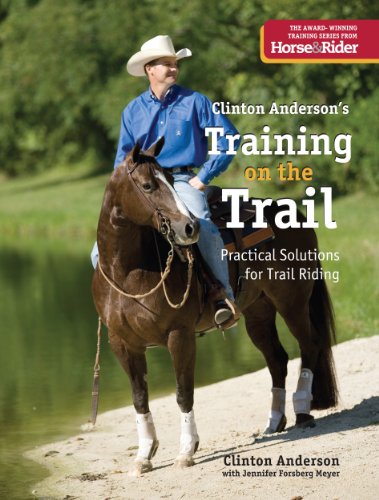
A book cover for Training on the Trail: Practical Solutions for Trail Riding; Clinton Anderson; Sports & Outdoors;